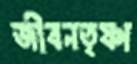
জীবনতৃষ্ণা